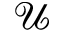
\mathcal { U }